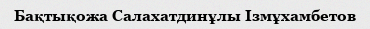
Бақтықожа Салахатдинұлы Ізмұхамбетов